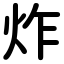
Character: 炸